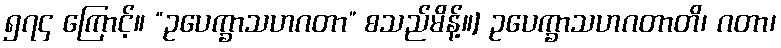
၅၇၄ ကြောင့်။ “ဥပေက္ခာသဟဂတာ” စသည်မိန့်။] ဥပေက္ခာသဟဂတာတိ၊ ဂတာ၊